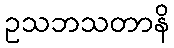
ဥသဘသတာနိ